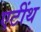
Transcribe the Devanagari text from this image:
एटींथ